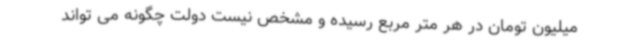
میلیون تومان در هر متر مربع رسیده و مشخص نیست دولت چگونه می تواند